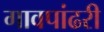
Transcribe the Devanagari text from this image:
गावपांढरी